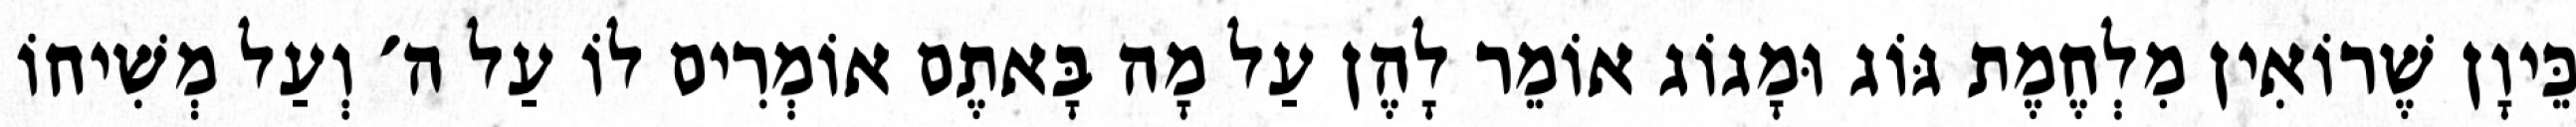
כֵּיוָן שֶׁרוֹאִין מִלְחֶמֶת גּוֹג וּמָגוֹג אוֹמֵר לָהֶן עַל מָה בָּאתֶם אוֹמְרִים לוֹ עַל ה׳ וְעַל מְשִׁיחוֹ